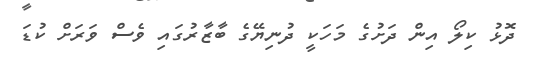
ދޮޅު ކިލޯ އިން ދަށުގެ މަހަކީ ދުނިޔޭގެ ބާޒާރުގައި ވެސް ވަރަށް ކުޑަ